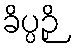
ခိပ္ပဉှိ